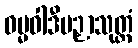
ဓမ္မဝါဒီပဉှာသုတ္တံ